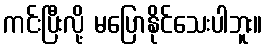
ကင်းပြီးလို့ မပြောနိုင်သေးပါဘူး။